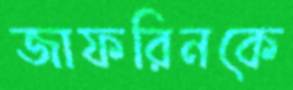
জাফরিনকে